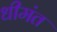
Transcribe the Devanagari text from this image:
धीमंत